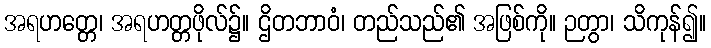
အရဟတ္တေ၊ အရဟတ္တဖိုလ်၌။ ဌိတဘာဝံ၊ တည်သည်၏ အဖြစ်ကို။ ဉတွာ၊ သိကုန်၍။